Annual report on the lock hospitals of the Madras Presidency
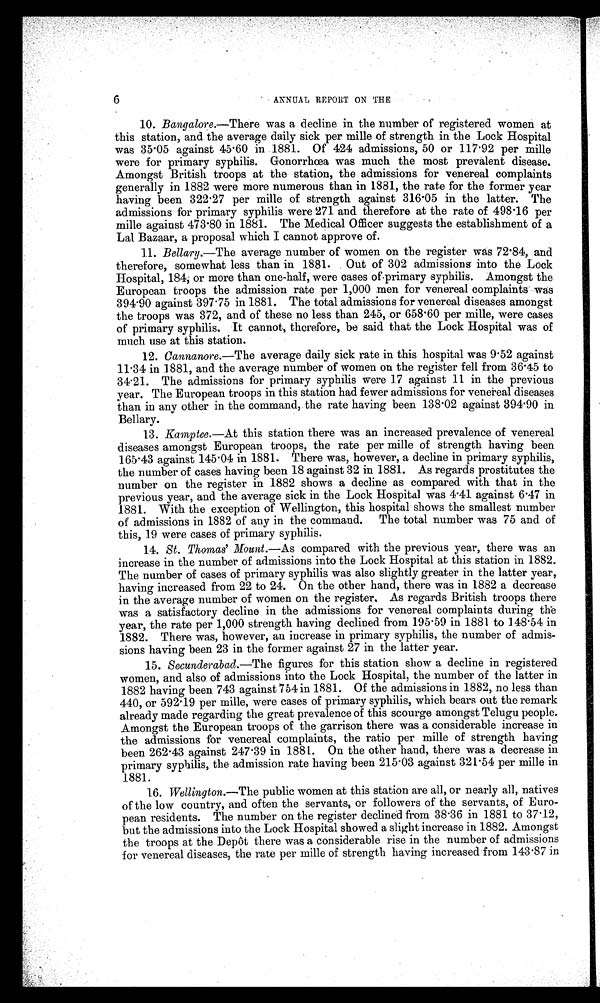
6
ANNUAL REPORT ON THE
10. Bangalore.—There was a decline in the number of registered women at
this station, and the average daily sick per mille of strength in the Lock Hospital
was 35 . 05 against 45 . 60 in 1881. Of 424 admissions, 50 or 117·92 per mille
were for primary syphilis. Gonorrhœa was much the most prevalent disease.
Amongst British troops at the station, the admissions for venereal complaints
generally in 1882 were more numerous than in 1881, the rate for the former year
having been 322 . 27 per mille of strength against 316 .05 in the latter. The
admissions for primary syphilis were 271 and therefore at the rate of 498·16 per
mi l l e agai nst 473. 8 0 i n 1 8 8 1 . T h e M e d i c a l O f f i c e r s u g g e s t s t h e e s t a b l i s h m e n t o f a
Lal Bazaar, a proposal which I cannot approve of.
11. Bellary.—The average number of women on the register was 72·84, and
therefore, somewhat less than in 1881. Out of 302 admissions into the Lock
Hospital, 184, or more than one-half, were cases of primary syphilis. Amongst the
European troops the admission rate per 1,000 men for venereal complaints was
394 . 90 against 397 . 75 in 1881. The total admissions for venereal diseases amongst
the troops was 372, and of these no less than 245, or 658 . 60 per mile, were cases
of primary syphilis. It cannot, therefore, be said that the Lock Hospital was of
much use at this station.
12. Cannanore.— The average daily sick rate in this hospital was 9 . 52 against
11 . 34 in 1881, and the average number of women on the register fell from 36 .45 to
34 . 21. The admissions for primary syphilis were 17 against 11 in the previous
year. The European troops in this station had fewer admissions for venereal diseases
than in any other in the command, the rate having been 138 . 02 against 394·90 in
Bellary.
13. Kamptee.—At this station there was an increased prevalence of venereal
diseases amongst European troops, the rate per mille of strength having been
165 . 43 against 145 . 04 in 1881. There was, however, a decline in primary syphilis,
the number of cases having been 18 against 32 in 1881. As regards prostitutes the
number on the register in 1882 shows a decline as compared with that in the
previous year, and the average sick in the Lock Hospital was 4 .41 against 6 .47 in
1881. With the exception of Wellington, this hospital shows the smallest number
of admissions in 1882 of any in the command. The total number was 75 and of
this, 19 were cases of primary syphilis.
14. St. Thomas' Mount.—As compared with the previous year, there was an
increase in the number of admissions into the Lock Hospital at this station in 1882.
The number of cases of primary syphilis was also slightly greater in the latter year,
having increased from 22 to 24. On the other hand, there was in 1882 a decrease
in the average number of women on the register. As regards British troops there
was a satisfactory decline in the admissions for venereal complaints during the
year, the rate per 1,000 strength having declined from 195 . 59 in 1881 to 148 . 54 in
1882. There was, however, an increase in primary syphilis, the number of admis-
sions having been 23 in the former against 27 in the latter year.
15. Secunderabad.—The figures for this station show a decline in registered
women, and also of admissions into the Lock Hospital, the number of the latter in
1882 having been 743 against 754 in 1881. Of the admissions in 1882, no less than
440, or 592 . 19 per mille, were cases of primary syphilis, which bears out the remark
already made regarding the great prevalence of this scourge amongst Telugu people.
Amongst the European troops of the garrison there was a considerable increase in
the admissions for venereal complaints, the ratio per mille of strength having
been 262 . 43 against 247 . 39 in 1881. On the other hand, there was a decrease in
primary syphilis, the admission rate having been 215 . 03 against 321 . 54 per mille in
1881.
16. Wellington.—The public women at this station are all, or nearly all, natives
of the low country, and often the servants, or followers of the servants, of Euro
-pean residents. The number on the register declined from 38 . 36 in 1881 to 37·12,
but the admissions into the Lock Hospital showed a slight increase in 1882. Amongst
the troops at the Depôt there was a considerable rise in the number of admissions
for venereal diseases, the rate per mille of strength having increased from 143 . 87 in